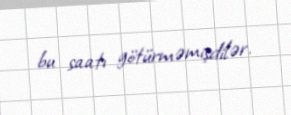
bu saatı götürməmişdilər.